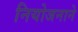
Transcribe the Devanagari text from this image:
नियोजनाने